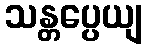
သန္တပ္ပေယျ